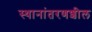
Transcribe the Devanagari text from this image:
स्थानांतरणशील